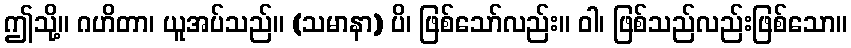
ဤသို့။ ဂဟိတာ၊ ယူအပ်သည်။ (သမာနာ) ပိ၊ ဖြစ်သော်လည်း။ ဝါ၊ ဖြစ်သည်လည်းဖြစ်သော။